Leningradi_Edasi_toimetus, lk 16
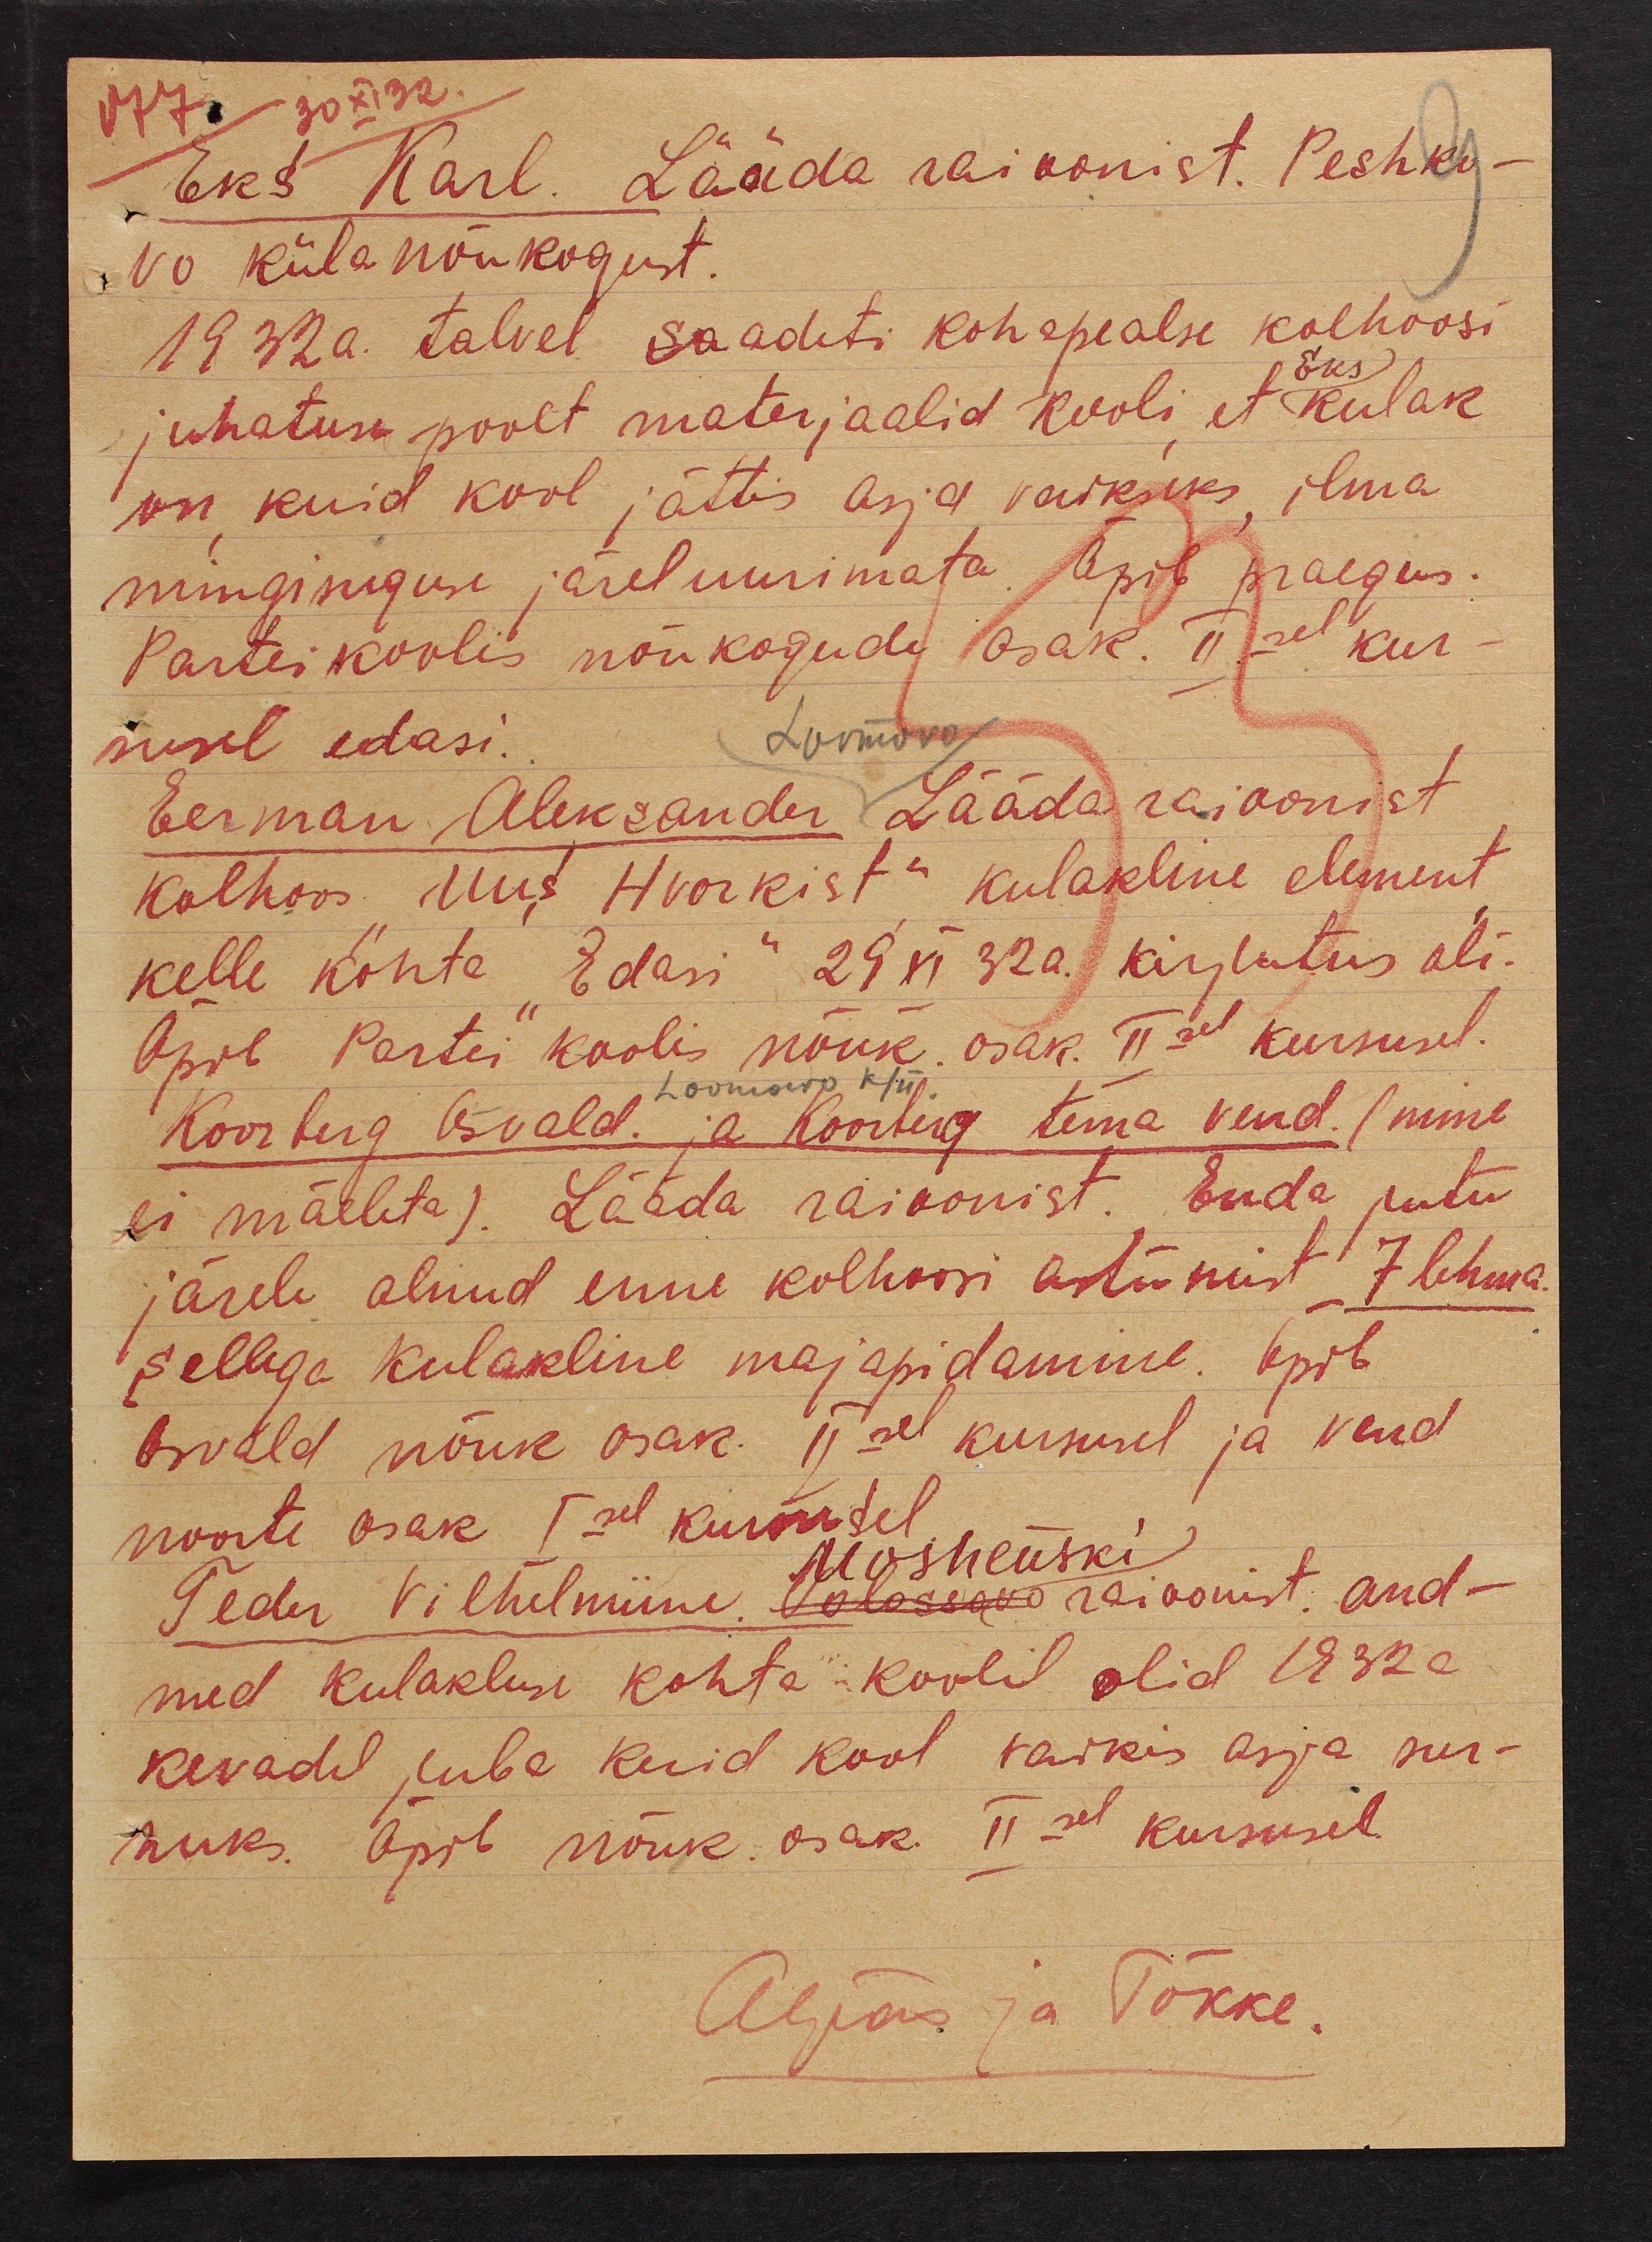
077
30 XI 32.
Eks Karl. Lääda raioonist. Peshko-
vo külanõukogust.
1932a. talvel saadeti kohapealse kolhoosi
Eks
juhatuse poolt materjaalid kooli, et kulak
on, kuid kool jättis asja vaikseks, ilma
mingisuguse järeluurimata. Õpib praegus.
Partei koolis nõukogude osak. IIsel kur-
susel edasi.
Lovmovo
Eerman Aleksander Lääda raioonist
kolhoos "Uus Hvorkist" kulakline element,
kelle kohta "Edasi" 29 XI 32a. kirjutus oli.
Õpib Partei koolis nõuk osak. IIsel kursusel.
Koorberg Osvald. ja Koorberg tema vend. (nime
Lovmowo k/ü.
ei mäeleta). Lääda raioonist. Enda jutu
järele olnud enne kolhoosi astumist  7 lehma.
sellega kulakline majapidamine. Õpib
Osvald nõuk osak. IIsel kursusel ja vend
noorte osak Isel kursusel.
Moshenski
Teder Vilhelmiine. Volossovo raioonist. and-
med kulakluse kohta koolil olid 1932 a
kevadel juba kuid kool vaikis asja sur-
nuks. Õpib nõuk osak. II sel kursusel
Aljas ja Tõkke.